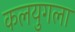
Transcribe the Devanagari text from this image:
कलयुगला